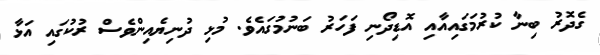
ގެދޮރު ބިނާ ކުރުމަގައިއާއި އޮޑިދޯނި ފަހަރު ބަނުމުގައެވެ. މުޅި ދުނިޔެއިންވެސް ރުކުގައި އަޅާ